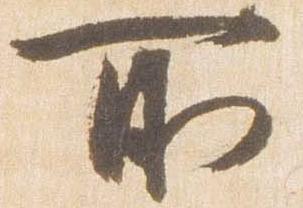
所